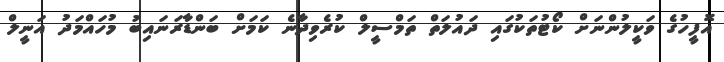
އޮފީހުގެ ވަކީލުންނަށް ކޯޓުތަކުގައި ދައުލަތް ތަމްސީލް ކުރެވިދާނެ ކަމަށް ބަންޑާރަނައިބު މުހައްމަދު އަނީލް